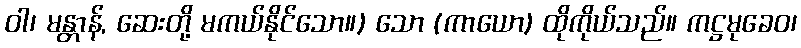
ဝါ၊ မန္တာန်, ဆေးတို့ မကယ်နိုင်သော။) သော (ကာယော) ထိုကိုယ်သည်။ ကဋ္ဌမုခေဝ၊